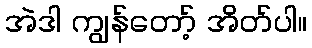
အဲဒါ ကျွန်တော့် အိတ်ပါ။